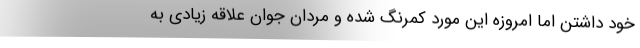
خود داشتن اما امروزه این مورد کمرنگ شده و مردان جوان علاقه زیادی به